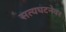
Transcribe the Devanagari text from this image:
सत्यघटनेवर